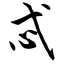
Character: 忒